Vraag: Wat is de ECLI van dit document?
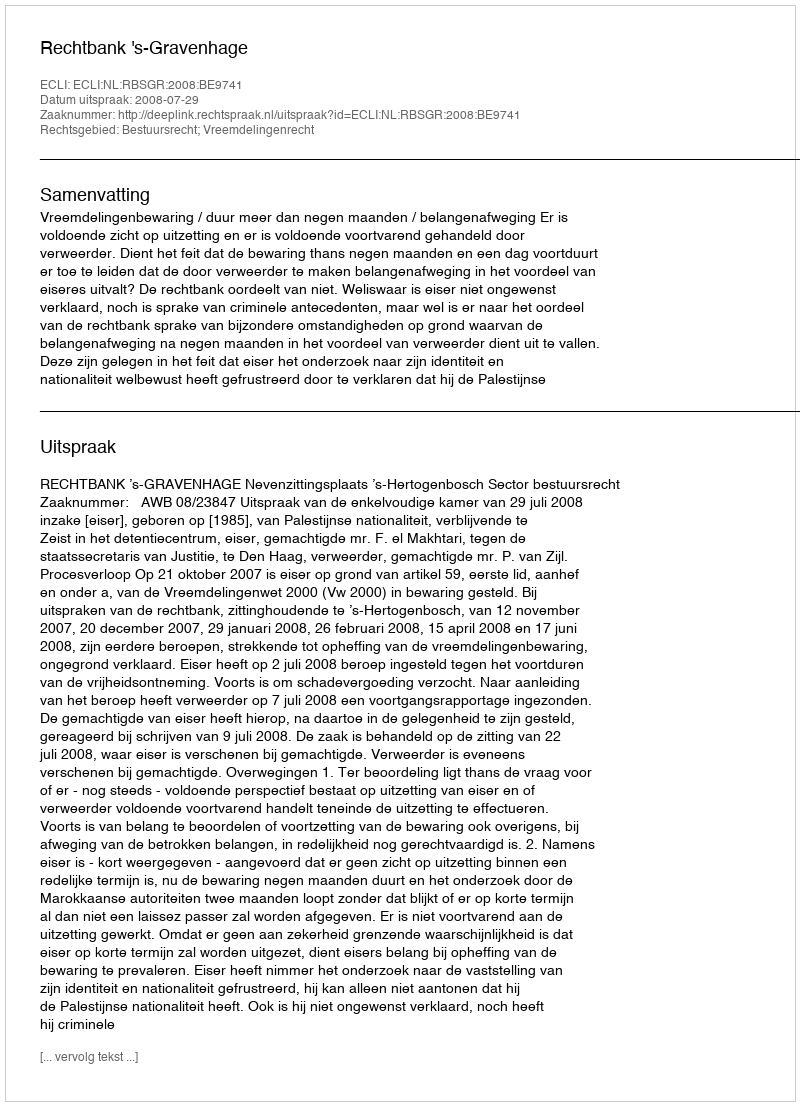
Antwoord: ECLI:NL:RBSGR:2008:BE9741